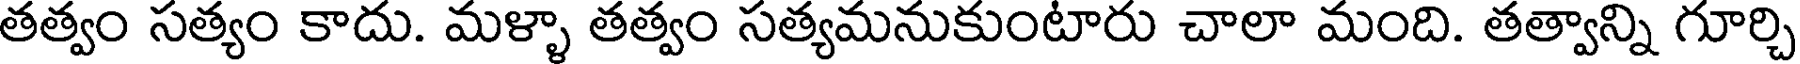
తత్వం సత్యం కాదు. మళ్ళా తత్వం సత్యమనుకుంటారు చాలా మంది. తత్వాన్ని గూర్చి